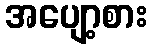
အပျော့စား